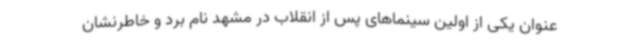
عنوان یکی از اولین سینماهای پس از انقلاب در مشهد نام برد و خاطرنشان